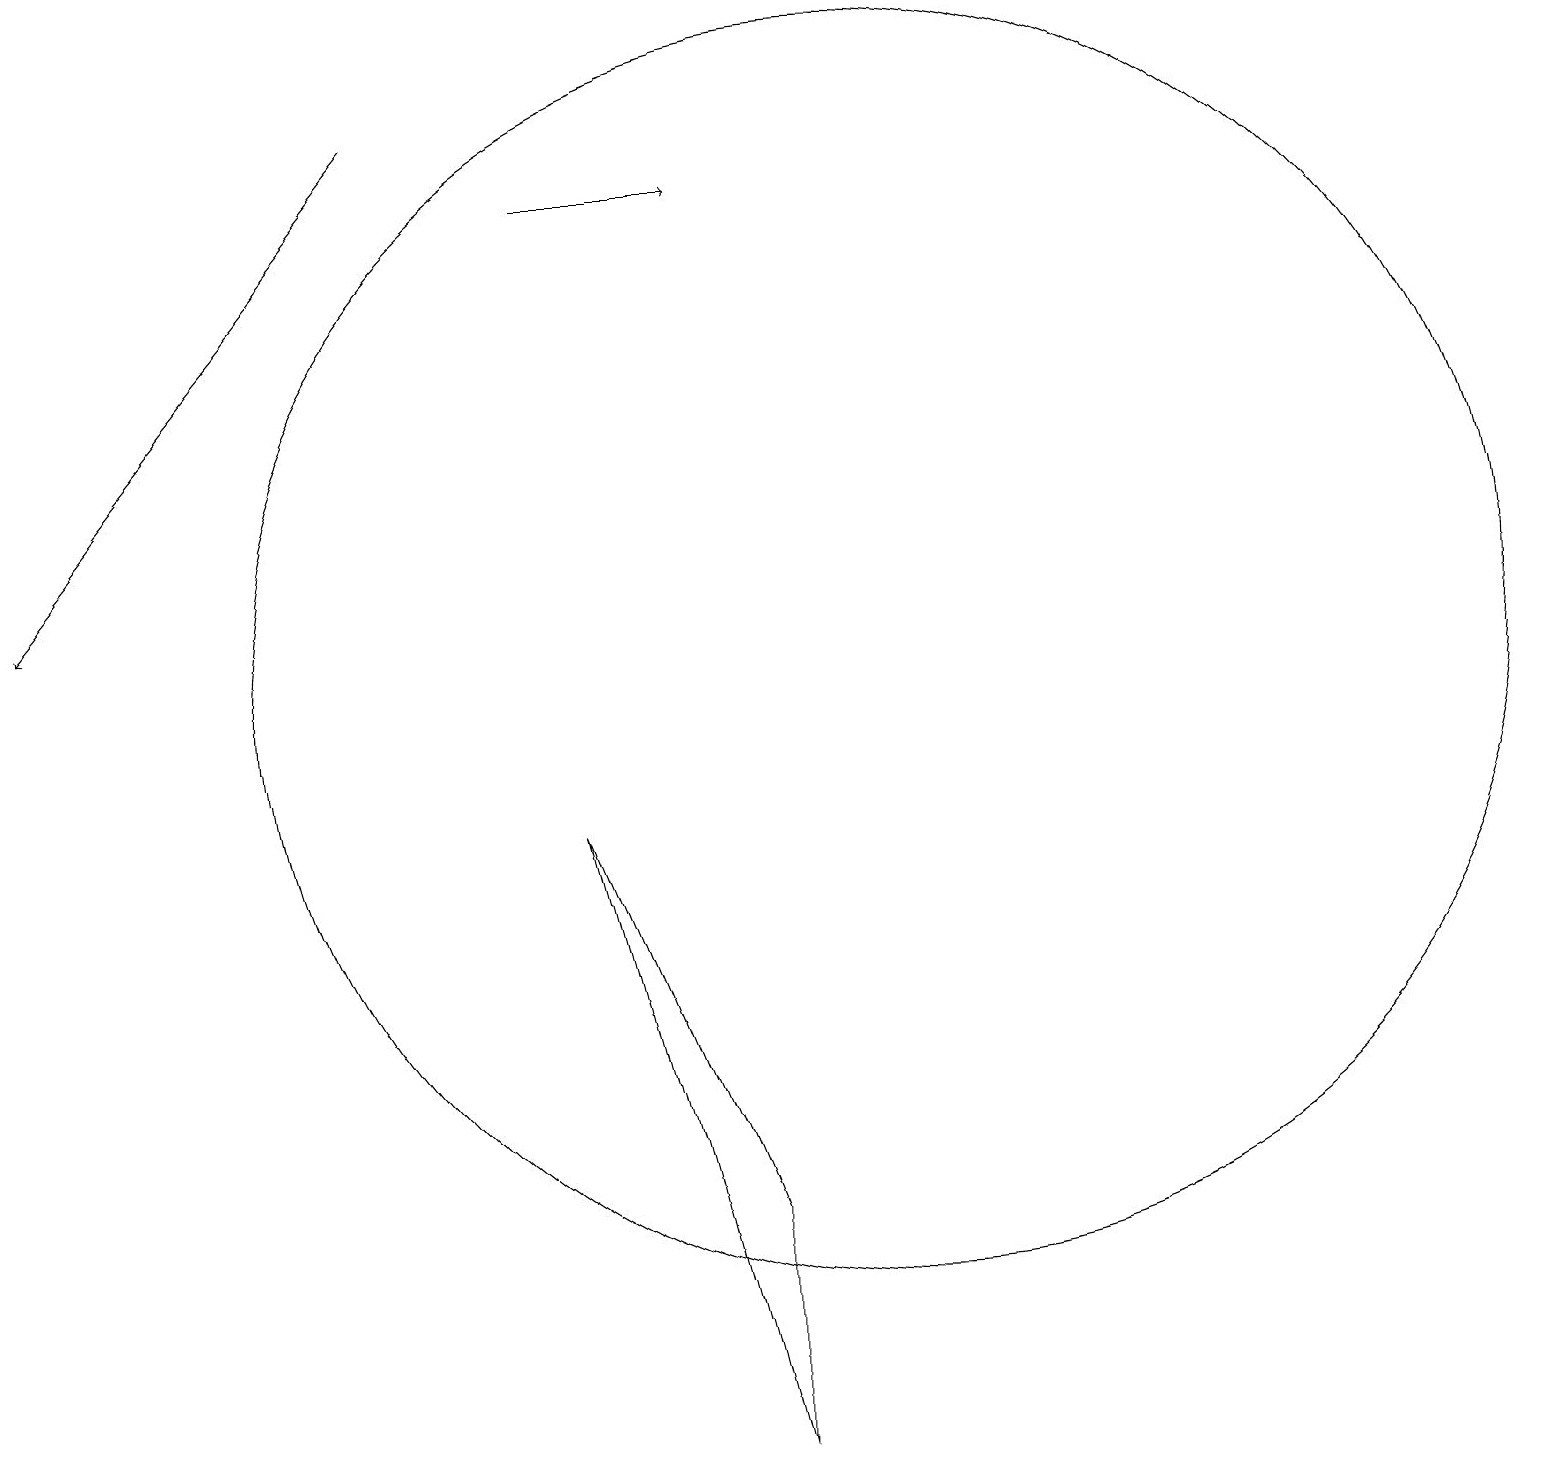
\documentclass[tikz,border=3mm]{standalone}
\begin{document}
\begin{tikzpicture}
\draw (11,10) circle (8);
\draw[->] (7,16) -- (9,16);
\draw[->] (5,17) -- (0,11);
\draw (9,3) -- (9,0) -- (7,8) -- cycle;
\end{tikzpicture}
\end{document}